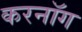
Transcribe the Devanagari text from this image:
करनॉग